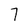
Character: 7